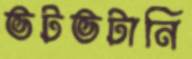
ভটভটানি